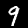
Label: 9